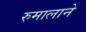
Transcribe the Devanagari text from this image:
रुमालाने